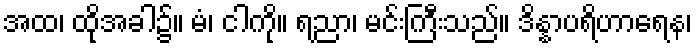
အထ၊ ထိုအခါ၌။ မံ၊ ငါကို။ ရညာ၊ မင်းကြီးသည်။ ဒိန္နာပရိဟာရေန၊